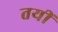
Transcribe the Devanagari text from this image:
तयीं